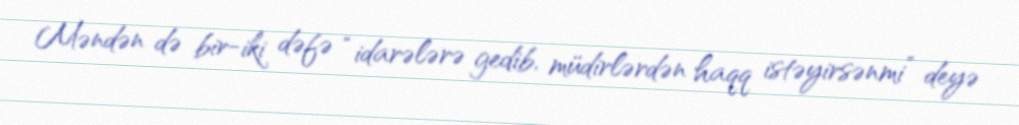
Məndən də bir-iki dəfə “idarələrə gedib, müdirlərdən haqq istəyirsənmi” deyə